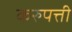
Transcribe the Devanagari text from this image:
करुपत्ती